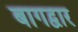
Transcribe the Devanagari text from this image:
बागद्वार